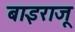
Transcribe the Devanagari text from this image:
बाइराजू